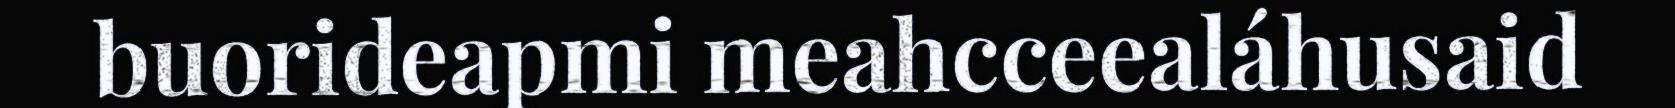
buorideapmi meahcceealáhusaid